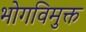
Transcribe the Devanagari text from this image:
भोगविमुक्त